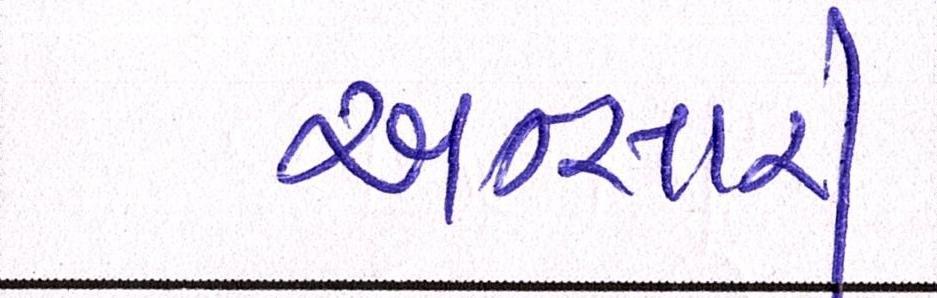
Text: અન્સારી